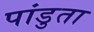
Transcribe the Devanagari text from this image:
पांडुता